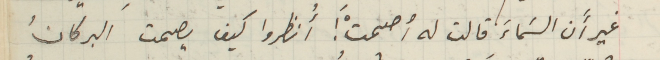
غير أَن السَماءَ قالت له أصمتَْ ! أُنظروا كيف يصمت البركانُ